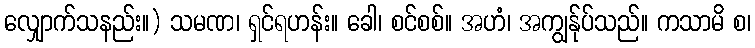
လျှောက်သနည်း။) သမဏ၊ ရှင်ရဟန်း။ ခေါ၊ စင်စစ်။ အဟံ၊ အကျွန်ုပ်သည်။ ကသာမိ စ၊